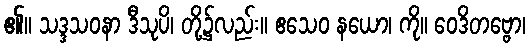
၏။ သဒ္ဒသဝနာ ဒီသုပိ၊ တို့၌လည်း။ ဧသေဝ နယော၊ ကို။ ဝေဒိတဗ္ဗော၊